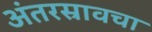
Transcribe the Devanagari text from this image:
अंतरस्रावचा